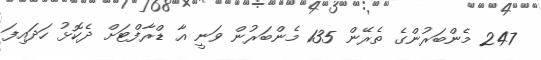
247 މެންބަރުންގެ ތެރޭން 135 މެންބަރުން ވަނީ އާ ޑްރާފްޓަށް ދެކޮޅު ހަދައިފަ